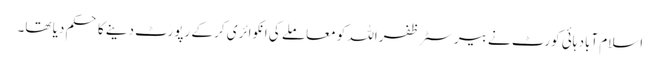
اسلام آباد ہائی کورٹ نے بیرسٹر ظفراللہ کو معاملے کی انکوائری کر کے رپورٹ دینے کا حکم دیا تھا۔